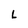
Character: L